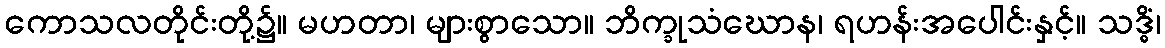
ကောသလတိုင်းတို့၌။ မဟတာ၊ များစွာသော။ ဘိက္ခုသံဃောန၊ ရဟန်းအပေါင်းနှင့်။ သဒ္ဓိံ၊